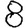
Digit: 8